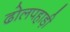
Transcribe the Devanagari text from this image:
ढोलपहाड़ी